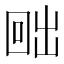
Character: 𭍨